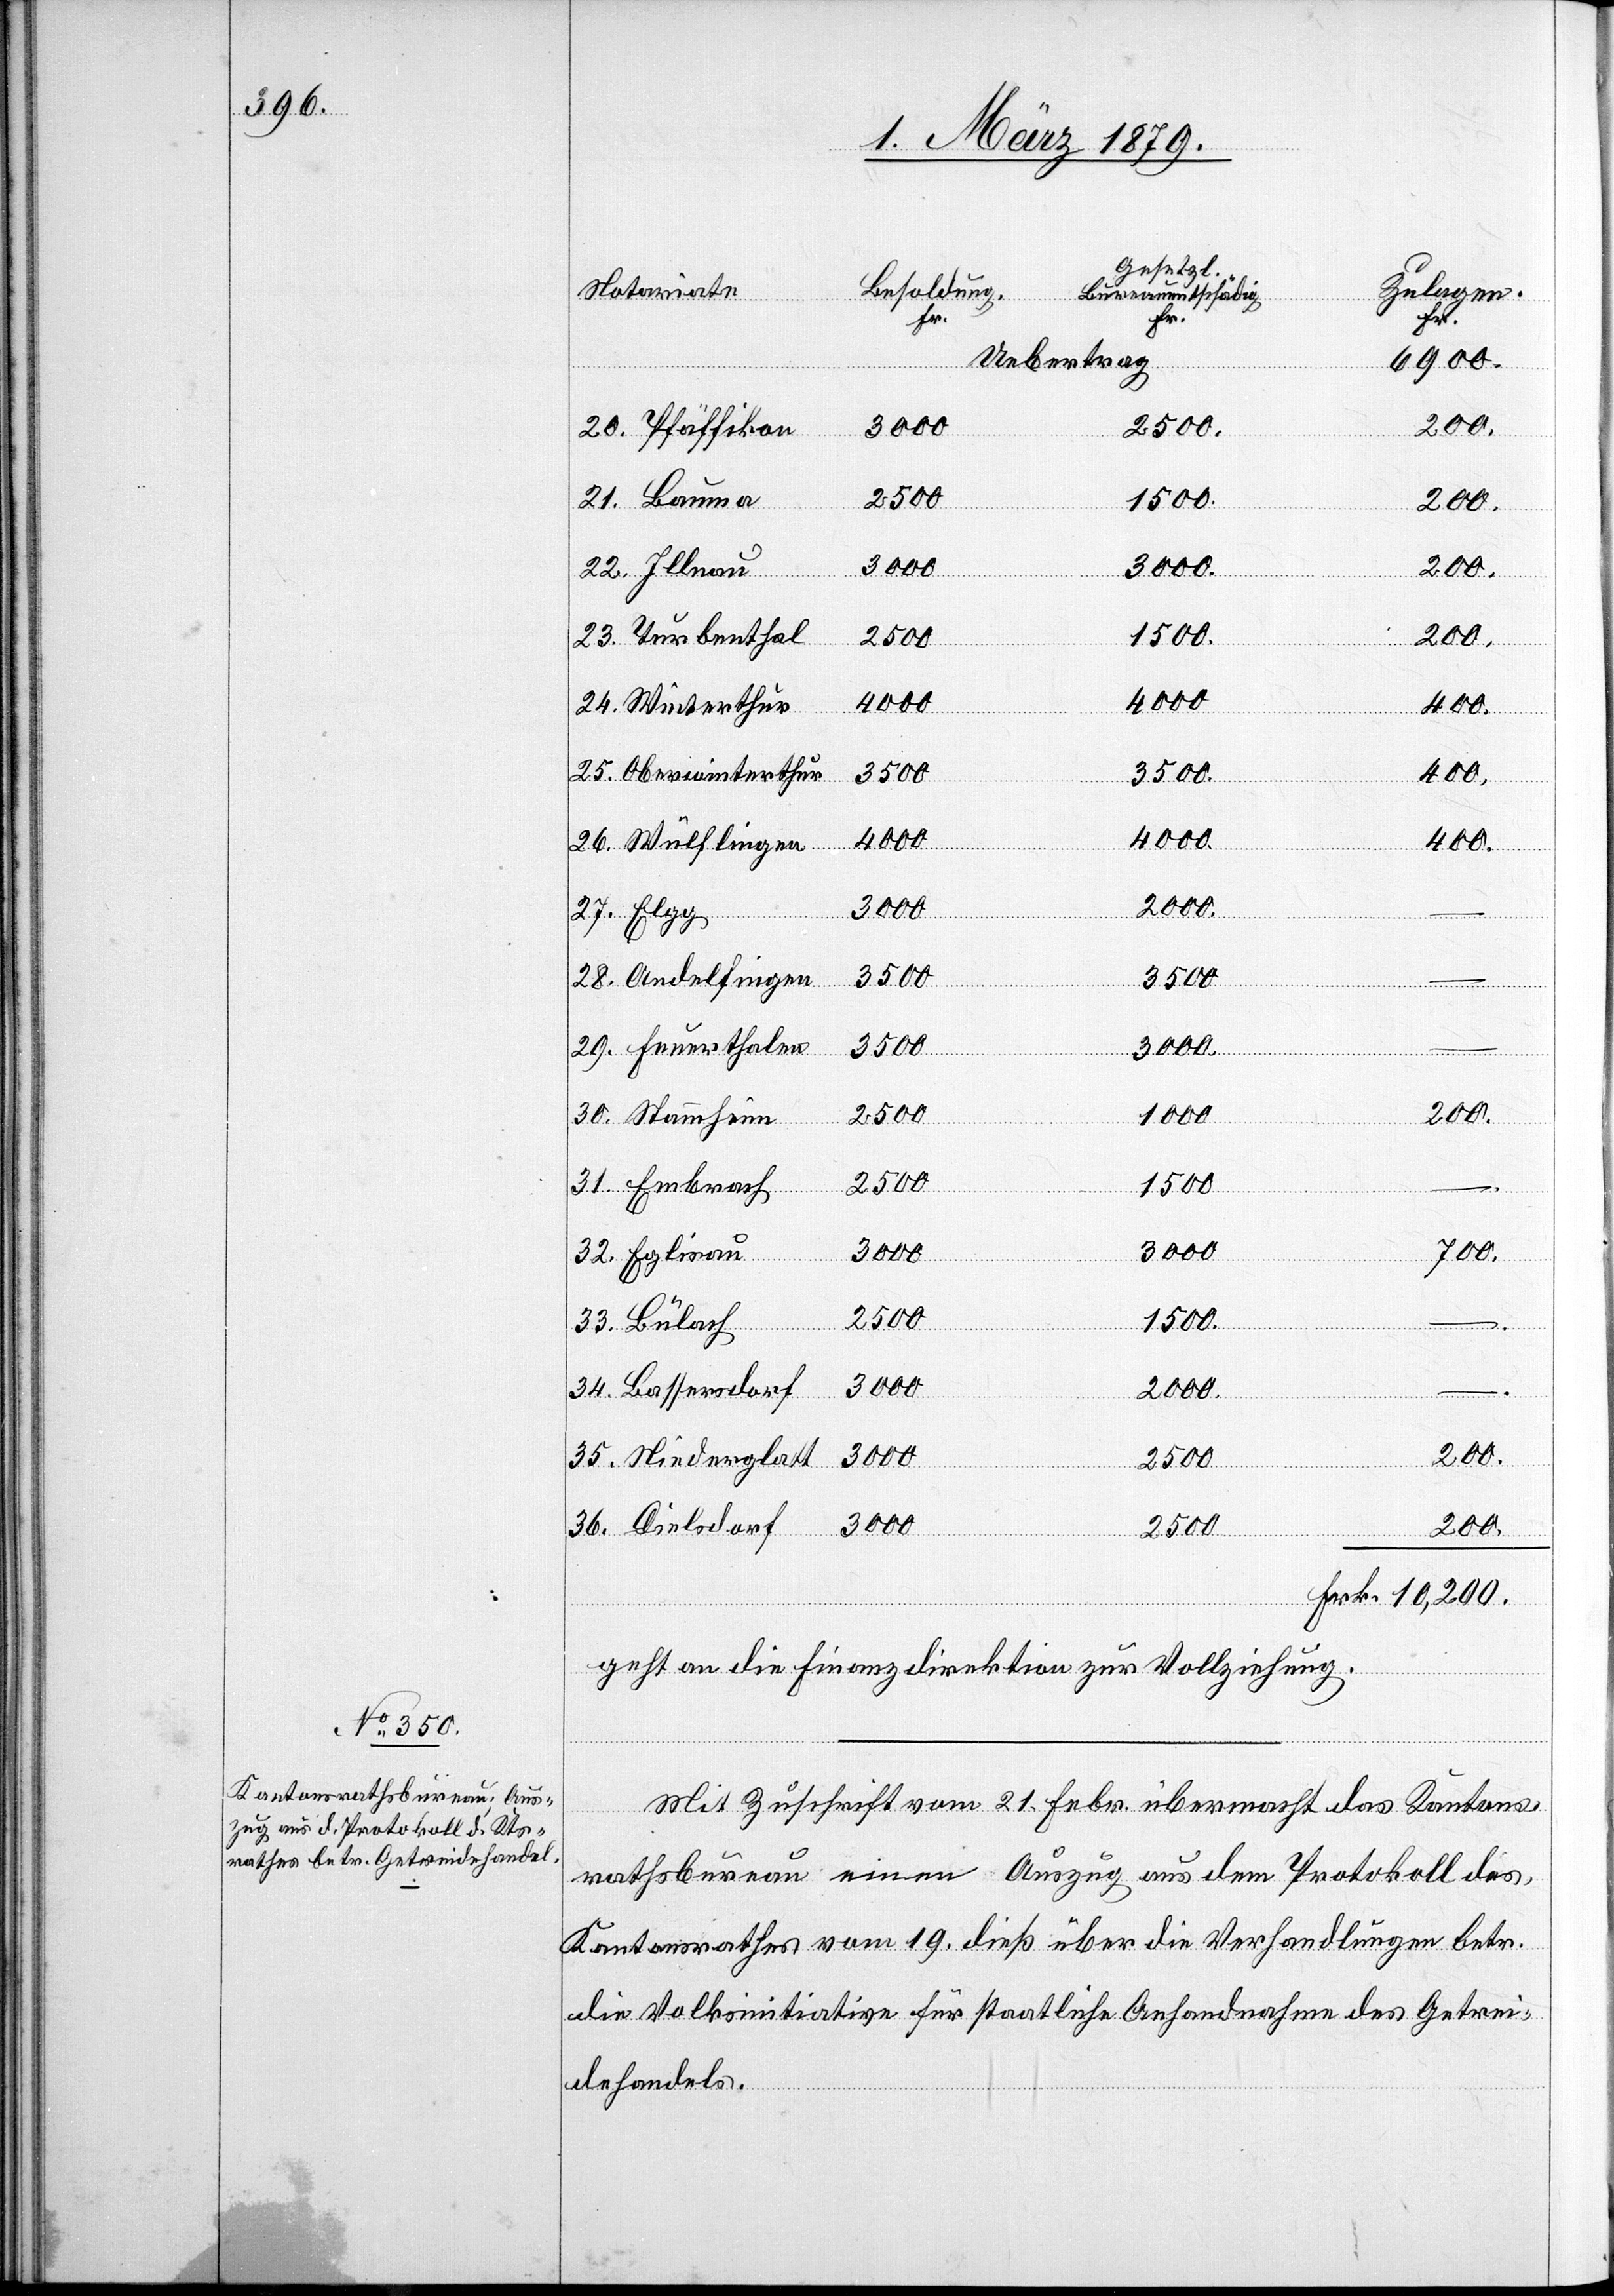
Uebertrag:
6900
20. Pfäffikon
21. Bauma
200
22. Illnau
200
23. Turbenthal
2500
4000
4000
24. Winterthur
25. Oberwinterthur
400
26. Wülflingen
27. Elgg
28. Andelfingen
3500
29. Feuerthalen
3500
1000
30. Stammheim
2500
31. Embrach
1500
3000
3000
700
32. Eglisau
2500
–
33. Bülach
–
34. Bassersdorf
3000
–
2000
–
35. Niederglatt
36. Dielsdorf
3000
Frk. 10,200
geht an die Finanzdirektion zur Vollziehung.
Mit Zuschrift vom 21. Febr. übermacht das Kantons¬
rathsbureau einen Auszug aus dem Protokoll des
Kantonsrathes vom 19. dieß über die Verhandlungen betr.
die Volksinitiative für staatliche Anhandnahme des Getrei¬
dehandels.